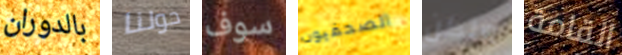
بالدوران حولنا سوف الصحفيون ولكن القامة